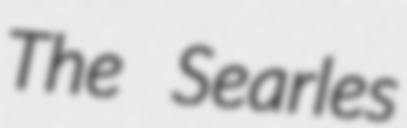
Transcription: The Searles